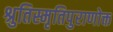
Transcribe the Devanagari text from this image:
श्रुतिस्मृतिपुराणोक्त